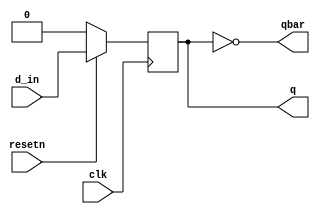
`timescale 1ns / 1ps
// Module Name: dff_synchronous_reset
module dff_synchronous_reset(clk,resetn,d_in,q,qbar);
input clk,resetn,d_in;
output reg q;
output qbar;

assign qbar = ~q;

always@(posedge clk) begin
    if(!resetn)
        q <= 0;
    else 
        q <= d_in;
end          
endmodule